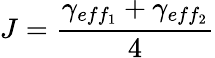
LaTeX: J=\frac{\gamma_{eff_{1}}+\gamma_{eff_{2}}}{4}